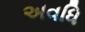
અવધિ